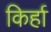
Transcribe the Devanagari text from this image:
किर्हा